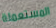
المستعملة